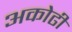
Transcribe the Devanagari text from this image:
अकोढी